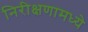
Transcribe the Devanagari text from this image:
निरीक्षणामध्ये